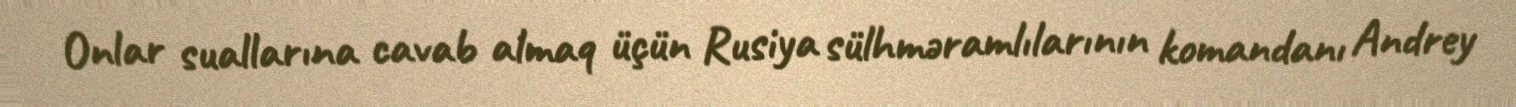
Onlar suallarına cavab almaq üçün Rusiya sülhməramlılarının komandanı Andrey